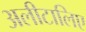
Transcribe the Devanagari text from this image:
अलीटालिए